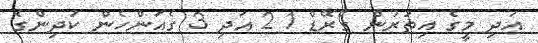
އަދި މީގެ އިތުރުން ގްރޭޑް 1 2 އަދި 3 ގެއަންހެން ކުދިންގެ